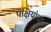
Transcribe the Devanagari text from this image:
पक्षियांचा